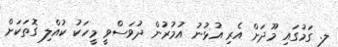
ލ. ގަމުގައި މޫދަށް އެރި އުޅުނު އުމުރުން ދުވަސްވީ މީހަކު ކުއްލި ގޮތަކަށް